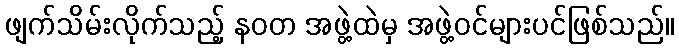
ဖျက်သိမ်းလိုက်သည့် နဝတ အဖွဲ့ထဲမှ အဖွဲ့ဝင်များပင်ဖြစ်သည်။